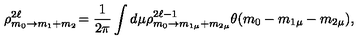
\rho _ { m _ { 0 } \rightarrow m _ { 1 } + m _ { 2 } } ^ { 2 \ell } \! = \frac { 1 } { 2 \pi } \int d \mu \rho _ { m _ { 0 } \rightarrow m _ { 1 \mu } + m _ { 2 \mu } } ^ { 2 \ell - 1 } \theta ( m _ { 0 } - m _ { 1 \mu } - m _ { 2 \mu } ) ,